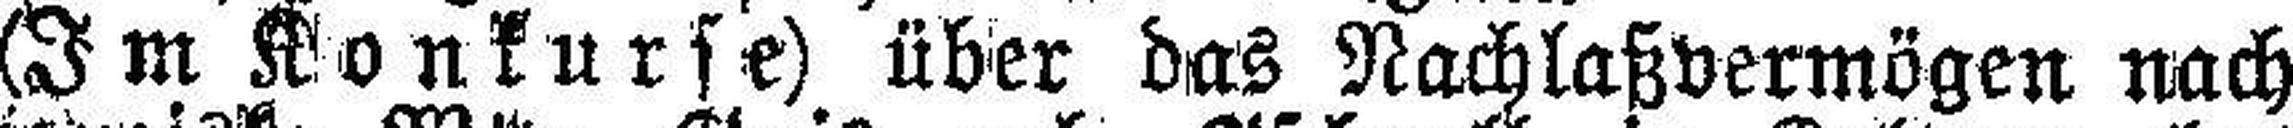
(Im Konkurse) über das Nachlaßvermögen nach